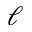
\ell